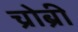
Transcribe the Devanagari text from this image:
च्रोब्री